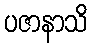
ပဇာနာသိ